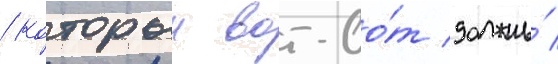
/ которыи вот-во́т должны́